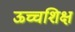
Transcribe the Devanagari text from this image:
ऊच्चशिक्ष